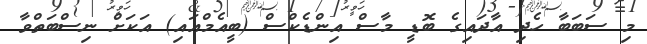
މި ސަބަބާ ހެދި އާދައިގެ ބޮޑީ މާސް އިންޑެކްސް (ބީއެމްއައި) އަކަށް ނިސްބަތްވާ